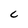
Character: C